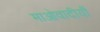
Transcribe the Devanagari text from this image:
माओवादीयौं